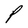
Character: P